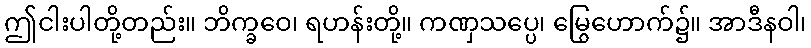
ဤငါးပါတို့တည်း။ ဘိက္ခဝေ၊ ရဟန်းတို့။ ကဏှသပ္ပေ၊ မြွေဟောက်၌။ အာဒီနဝါ၊